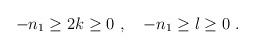
LaTeX: \begin{align*}-n_1 \ge 2k \ge 0\ , \ \ \ -n_1 \ge l \ge 0 \ .\end{align*}